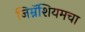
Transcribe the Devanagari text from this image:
जिम्नॅशियमचा